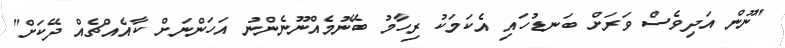
"ނޫން އަދިވެސް ވަރަށް ބަނޑުހައި އެކަމަކު ރިހާމު ބޭނުމެއްނޫނެންނު އަހަންނަށް ކާއެއްޗެއް ދޭކަށް"